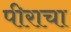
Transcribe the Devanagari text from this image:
पीराचा